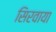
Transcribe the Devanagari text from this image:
सिरवाया